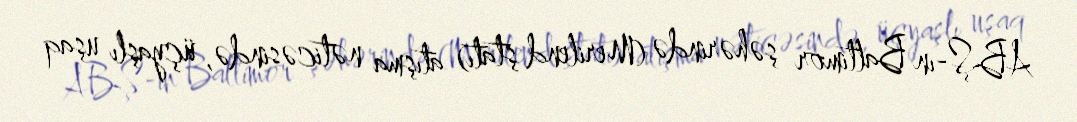
ABŞ-ın Baltimor şəhərində (Merilend ştatı) atışma nəticəsində, üçyaşlı uşaq